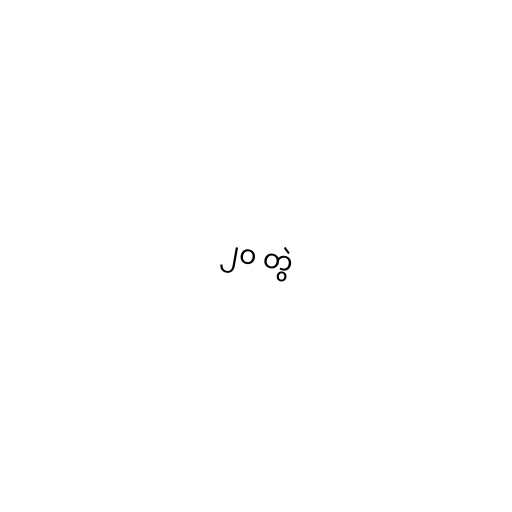
၂၀ တွဲ